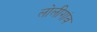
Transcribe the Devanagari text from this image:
लोलीगांव